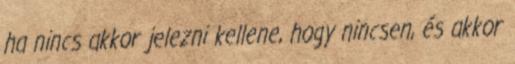
ha nincs akkor jelezni kellene, hogy nincsen, és akkor